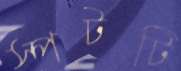
স্পটটি